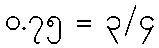
၀.၇၅ = ၃/၄